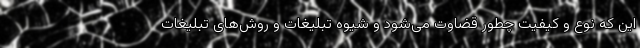
این که نوع و کیفیت چطور قضاوت می‌شود و شیوه تبلیغات و روش‌های تبلیغات